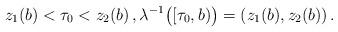
LaTeX: \begin{align*}z_1(b)<\tau_0<z_2(b)\,,\lambda^{-1}\big([\tau_0,b)\big)=(z_1(b),z_2(b))\,.\end{align*}